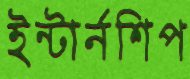
ইন্টার্নশিপ